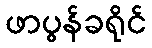
ဖာပွန်ခရိုင်